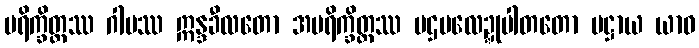
ပရိက္ခိတ္တဿ ဂါမဿ ဣန္ဒခီလတော အပရိက္ခိတ္တဿ ပဌမလေဍ္ဍုပါတတော ပဋ္ဌာယ ယာဝ